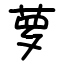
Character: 萝